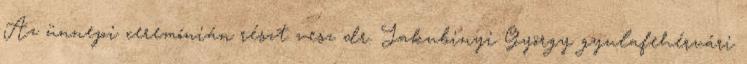
Az ünnepi ceremónián részt vesz dr. Jakubinyi György gyulafehérvári